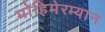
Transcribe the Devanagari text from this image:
मोहिमेरम्यान